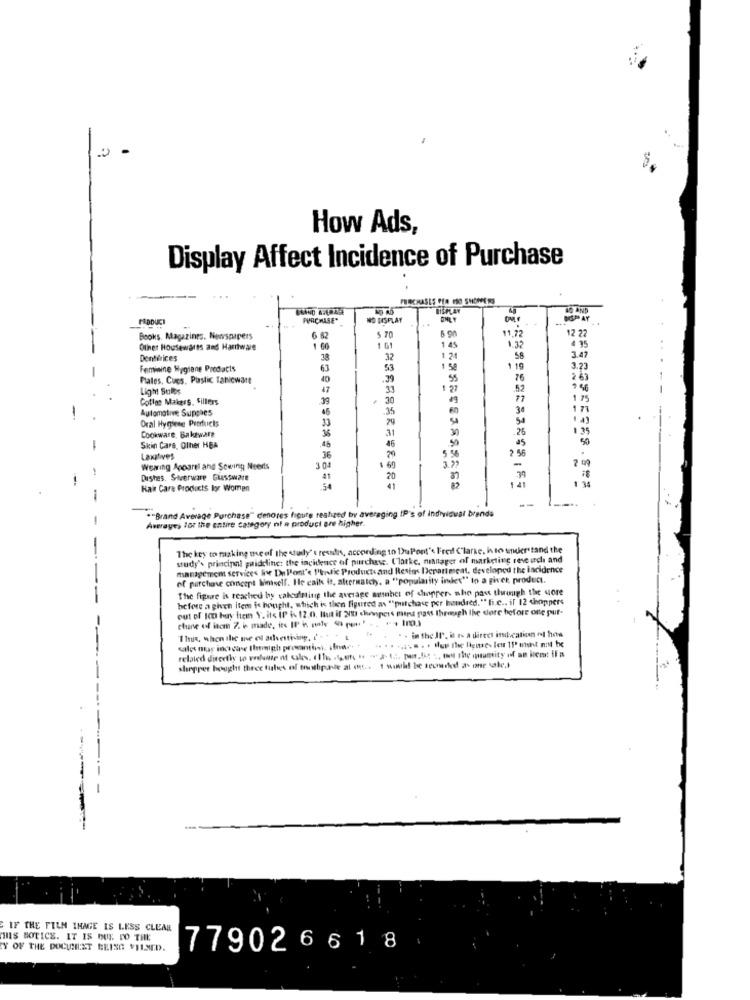
How Ads,
Display Affect Incidence of Purchase
PURCHASES PER FSO SHOWERS
PURCHASE"
NO DISPLAY
5 70
5 9
11,72
12 22
Books. Magazines, Newspapers
1.32
4 95
Other Housewares and Hartware
1 60
1 61
1.45
Dentirices
38
32
1 2
58
3.47
Feminine Hygiene Products
63
53
1 58
1 19
3.23
Plates, Cues. Plastic Taticwart
40
.39
55
76
2 63
Light Sullos
47
33
1 27
52
9 46
Cofles Makers, Sillers
39
30
1 75
Automotive Supplies
46
.35
34
1 71
-
Oral Hygiene Products
74
54
50
1 4)
33
31
30
.26
1 35
Cookware, Bakzware
50
45
50
-
Skin Care, Other HBA
.46
79
46
5
2 56
Laxatives
36
Wearing Apparel and Sewing Neerts
3 04
1 60
Dishes. Stverware GLASSWarE
1 4
1 34
Hair Care Products lor Women
54
--
."Brand Average Purchase" denores figure realized by averaging IP's of individual brands
-
Averayes lot the entire category nf a product are higher.
-
The key to making tre of the study' e ressdis, according to DuPont" Frei Clarke, i to understand the
sudy's principal guideline: the incidence of purchase. (latke, minttaper of marketing reve ich and
management services live De l'ont's Pentic Products and Resins Department. developed the incidence
of purchase concept himself. He calls it, alternatchy, a "popularity index" to a giver product.
The figure is reached by cakeffing the average member of chipper, who pass through the core
before a given item is hought, which is then figured as "purchase per hundred."" fi.c ., il 12 choppers
out of IC huy trein Y. its IP is 12.0. It if 200 chewipers mint pass through the store before one pur-
chane of itom 7. i made, it Il is male ( po ' .. .. In0)
I hus, when the me el advertising, I'. " - L
. . . in thell.in a direo indication of hos
calce olus incline themigh promotion fnac
related directly to volunte nt cales, ( li .tget. .. "a- ( .;, par.los :, to the quantity of an licet il a
shopper bought three tubes of truthpude al og .. 1 would be teondled as one sabe.
------
-
IF THE FILM IMAGE IS LESS CLEAR
HIS NOTICE. IT IS DOY DO THE
Y OF THE DOCICHLET BEISG VILMED.
779026618